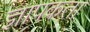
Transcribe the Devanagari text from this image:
ज्ञापकता